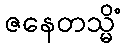
ဇနေတသ္မိံ